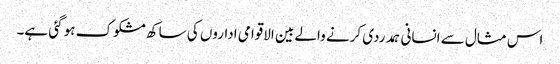
اس مثال سے انسانی ہمدردی کرنے والے بین الاقوامی اداروں کی ساکھ مشکوک ہو گئی ہے۔